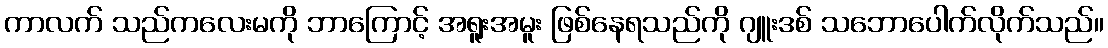
ကာလက် သည်ကလေးမကို ဘာကြောင့် အရူးအမူး ဖြစ်နေရသည်ကို ဂျူးဒစ် သဘောပေါက်လိုက်သည်။